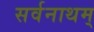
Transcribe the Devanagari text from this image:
सर्वनाथम्